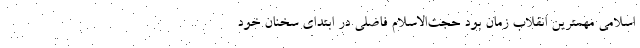
اسلامی مهمترین انقلاب زمان بود حجت‌الاسلام فاضلی در ابتدای سخنان خود